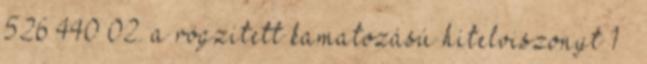
526 440 02. a rögzített kamatozású hitelviszonyt 1